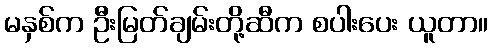
မနှစ်က ဦးမြတ်ချမ်းတို့ဆီက စပါးပေး ယူတာ။